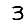
Digit: 3